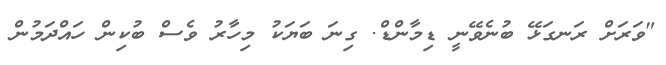
"ވަރަށް ރަނގަޅޭ ބުނެވޭނީ ޑިމާންޑް. ގިނަ ބަޔަކު މިހާރު ވެސް ބުކިން ހައްދަމުން